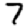
Digit: 7